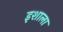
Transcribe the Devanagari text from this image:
इशाला